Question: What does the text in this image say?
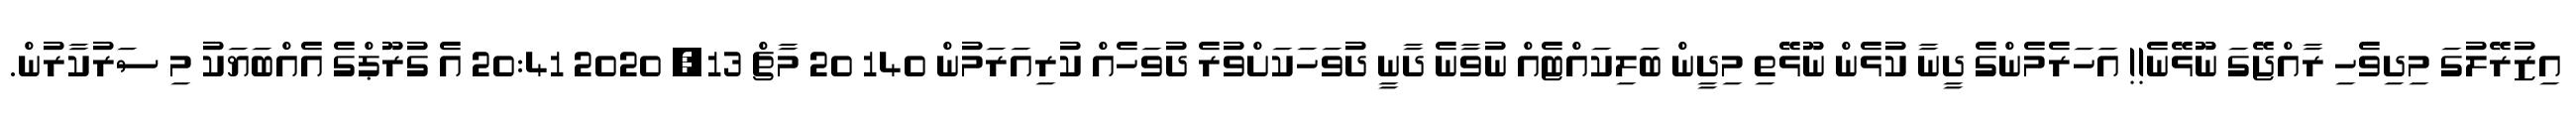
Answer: އިޒުރޭލުގަ މިދިވެހި ރާއްޖޭގަ ނޫޅޭނެ!! އަހަރެމެންގެ ދީނާ ކުޅެން ނޫޅޭތި މިދީން ބަލިކައްޓެއް ނުވާނެ ދާނީ ދުވަހަކަށްވުރެ ދުވަހެއް ކުރިއަރަމުން 140 20 މާޗް 13, 2020 20:41 އެ ގުރޫޕްގެ އެއްބަޔަކު މި ސަރުކާރުން.